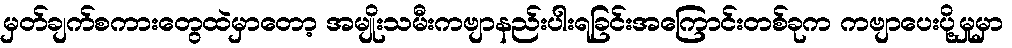
မှတ်ချက်စကားတွေထဲမှာတော့ အမျိုးသမီးကဗျာနည်းပါးရခြင်းအကြောင်းတစ်ခုက ကဗျာပေးပို့မှုမှာ